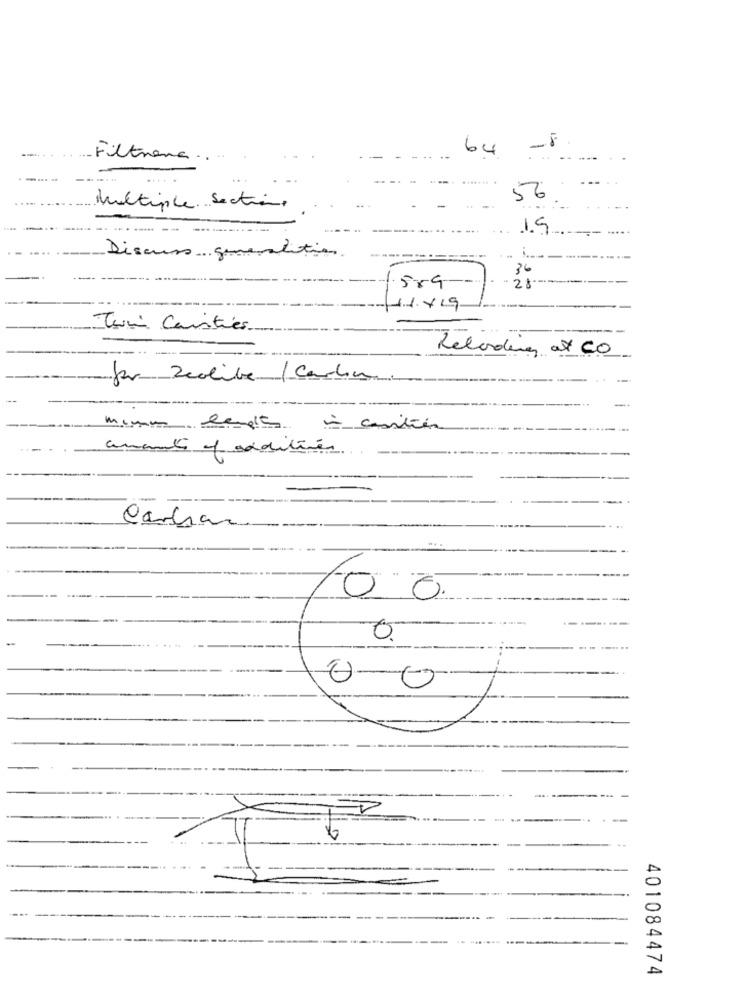
64 -8.
Filtrena ....
56
Multiple Sectione
19
Discuss 5
generalition
36
---
1.559
28
11.1.x19
Twin Cavities
Recording at CO
for Zeolite /Carla
minu lenge in contien
amante of additives
-
Carhar
100
0.
00
-
401084474